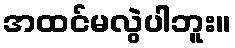
အထင်မလွဲပါဘူး။